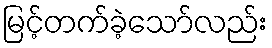
မြင့်တက်ခဲ့သော်လည်း